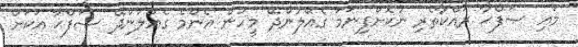
މައި ޞަފްޙާ ރައްކާތެރި ނުކޮށްފިނަމަ ގެއްލުންދޭ މީހުން އެންމެ ގެއްލުންދޭ ޞަފްޙާ އަކަށް